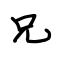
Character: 兄